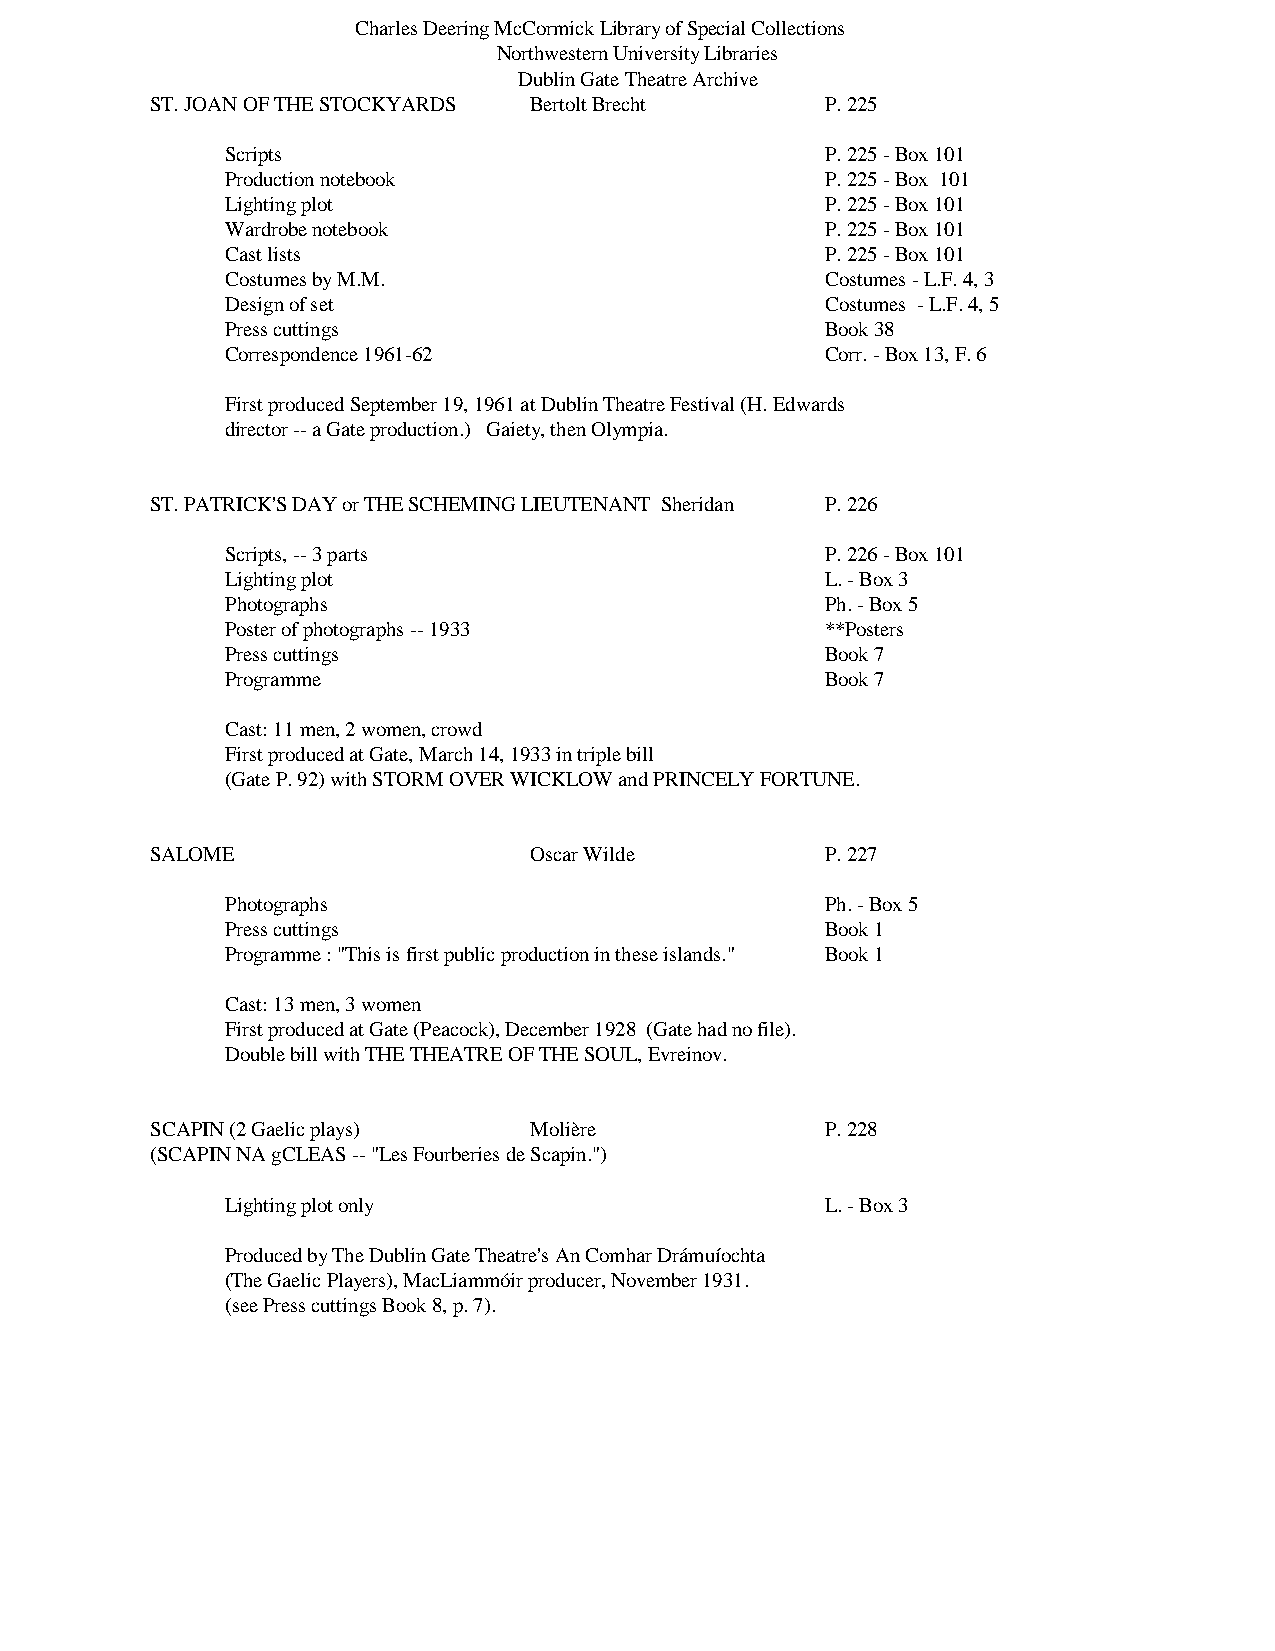
Charles Deering McCormick Library of Special Collections
 Northwestern University Libraries
 Dublin Gate Theatre Archive
 ST. JOAN OF THE STOCKYARDS Bertolt Brecht    P. 225
 Scripts                                 P. 225 - Box 101
 Production notebook                     P. 225 - Box 101
 Lighting plot                           P. 225 - Box 101
 Wardrobe notebook                       P. 225 - Box 101
 Cast lists                              P. 225 - Box 101
 Costumes by M.M.                        Costumes - L.F. 4, 3
 Design of set                           Costumes - L.F. 4, 5
 Press cuttings                          Book 38
 Correspondence 1961-62                  Corr. - Box 13, F. 6
 First produced September 19, 1961 at Dublin Theatre Festival (H. Edwards
 director -- a Gate production.) Gaiety, then Olympia.
 ST. PATRICK'S DAY or THE SCHEMING LIEUTENANT Sheridan P. 226
 Scripts, -- 3 parts                     P. 226 - Box 101
 Lighting plot                           L. - Box 3
 Photographs                             Ph. - Box 5
 Poster of photographs -- 1933           **Posters
 Press cuttings                          Book 7
 Programme                               Book 7
 Cast: 11 men, 2 women, crowd
 First produced at Gate, March 14, 1933 in triple bill
 (Gate P. 92) with STORM OVER WICKLOW and PRINCELY FORTUNE.
 SALOME                   Oscar Wilde         P. 227
 Photographs                             Ph. - Box 5
 Press cuttings                          Book 1
 Programme : "This is first public production in these islands." Book 1
 Cast: 13 men, 3 women
 First produced at Gate (Peacock), December 1928 (Gate had no file).
 Double bill with THE THEATRE OF THE SOUL, Evreinov.
 SCAPIN (2 Gaelic plays)  Molière             P. 228
 (SCAPIN NA gCLEAS -- "Les Fourberies de Scapin.")
 Lighting plot only                      L. - Box 3
 Produced by The Dublin Gate Theatre's An Comhar Drámuíochta
 (The Gaelic Players), MacLiammóir producer, November 1931.
 (see Press cuttings Book 8, p. 7).